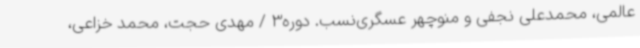
عالمی، محمدعلی نجفی و منوچهر عسگری‌نسب. دوره3 / مهدی حجت، محمد خزاعی،